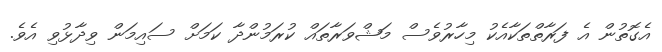
އެގޮތުން އެ ފަރާތްތަކާއެކު މިހާރުވެސް މަޝްވަރާތައް ކުރަމުންދާ ކަމަށް ސައިމަން ވިދާޅުވި އެވެ.